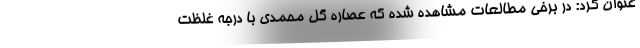
عنوان کرد: در برخی مطالعات مشاهده شده که عصاره گل محمدی با درجه غلظت